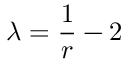
\lambda = \frac { 1 } { r } - 2